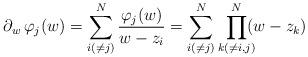
LaTeX: \begin{align*} \partial_w \, \varphi_j(w) = \sum_{i(\neq j)}^N \frac{\varphi_j(w)}{w - z_i} = \sum_{i(\neq j)}^N \prod_{k(\neq i,j)}^N \!\!\! (w - z_k ) \end{align*}